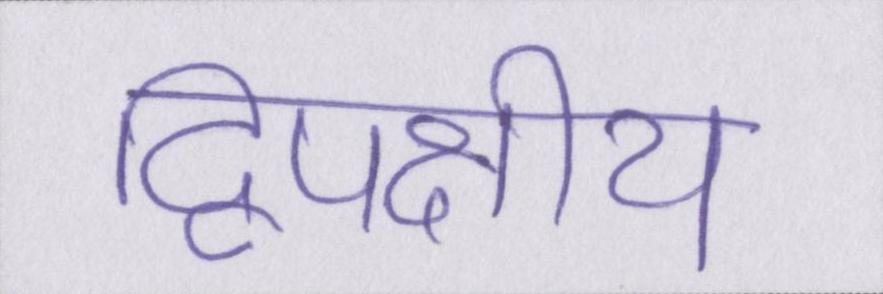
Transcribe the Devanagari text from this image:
द्विपक्षीय